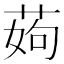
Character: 𦰰